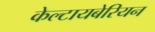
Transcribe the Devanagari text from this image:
केल्टायबेरियन